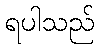
ရပါသည်